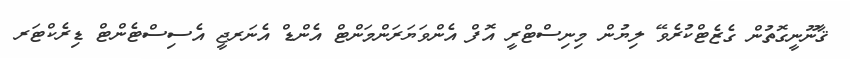
ޤާނޫނީގޮތުން ގެޒެޓްކުރެވޭ ލިޔުން މިނިސްޓްރީ އޮފް އެންވަޔަރަންމަންޓް އެންޑް އެނަރޖީ އެސިސްޓެންޓް ޑިރެކްޓަރ